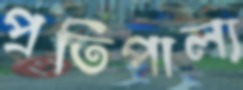
প্রতিপাল্য